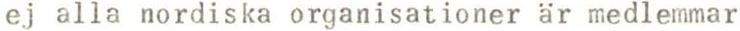
ej alla nordiska organisationer är medlemmar